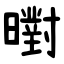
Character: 㬣